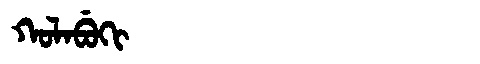
Manchu: ᡴᠣᠯᠠᠪᡠᡴᡳ
Romanization: KOLABUKI